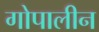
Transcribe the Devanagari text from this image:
गोपालीन